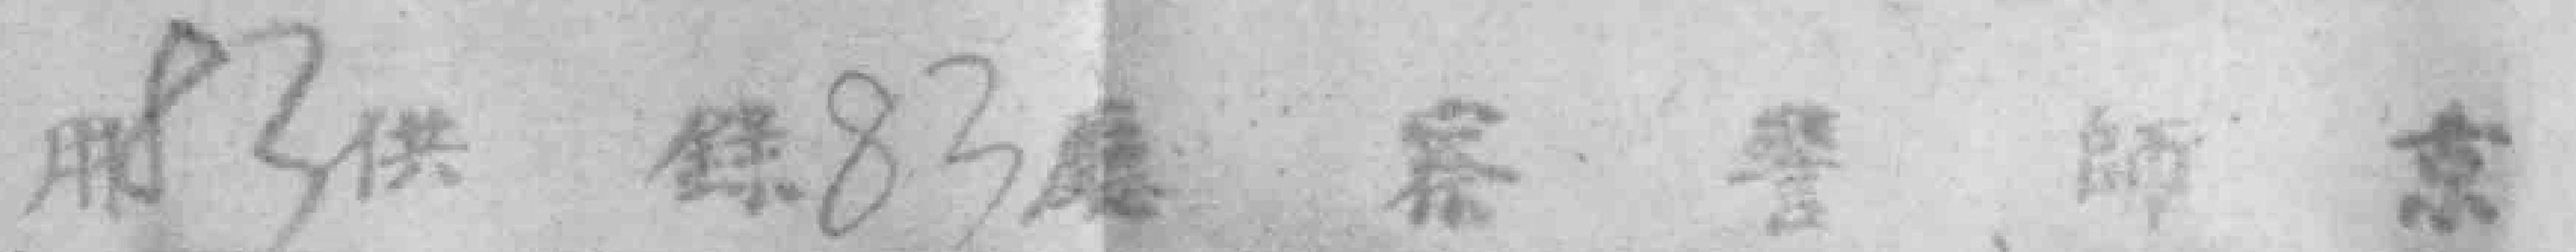
京師警察廳83號供用